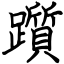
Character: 躓